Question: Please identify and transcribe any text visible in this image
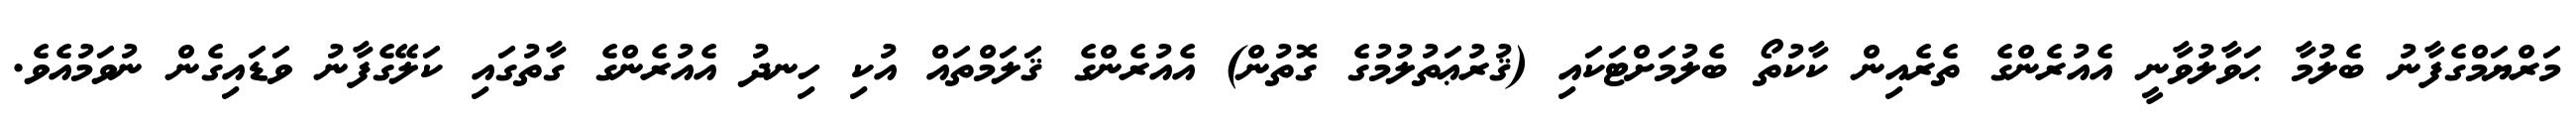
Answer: މަރްޔަމްގެފާނު ބެލުމާ ޙަވާލުވާނީ އެއުރެންގެ ތެރެއިން ކާކުތޯ ބެލުމަށްޓަކައި (ޤުރުޢަތުލުމުގެ ގޮތުން) އެއުރެންގެ ޤަލަމްތައް އުކި ހިނދު އެއުރެންގެ ގާތުގައި ކަލޭގެފާނު ވަޑައިގެން ނުވަމުއެވެ.